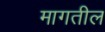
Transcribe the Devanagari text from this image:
मागतील